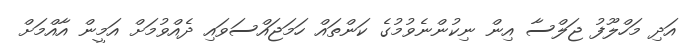
އަދި މަހްލޫފު ޖަލްސާ އިން ނިކުންނެވުމުގެ ކަންތައް ހަމަޖައްސަވައި ދެއްވުމަށް އަމީން އާއްމަށް